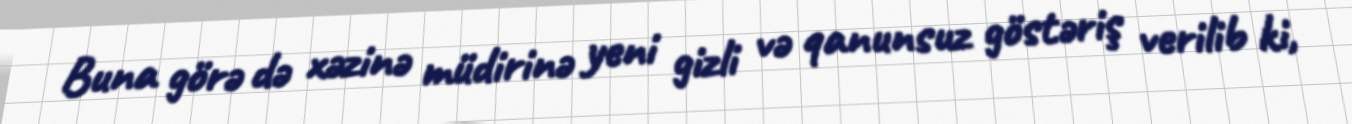
Buna görə də xəzinə müdirinə yeni gizli və qanunsuz göstəriş verilib ki,